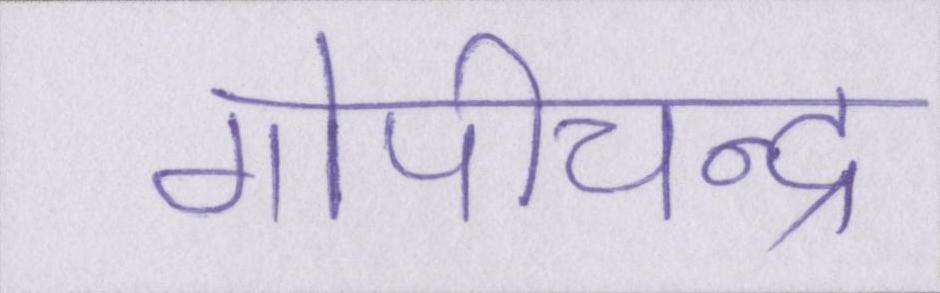
गोपीचन्द्र